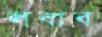
লবাব